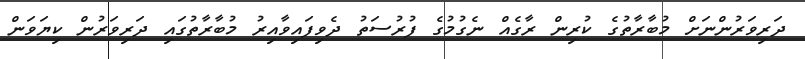
ދަރިވަރުންނަށް މުބާރާތުގެ ކުރިން ރާގެއް ނެގުމުގެ ފުރުސަތު ދެވިފައިވާއިރު މުބާރާތުގައި ދަރިވަރުން ކިޔަވަން